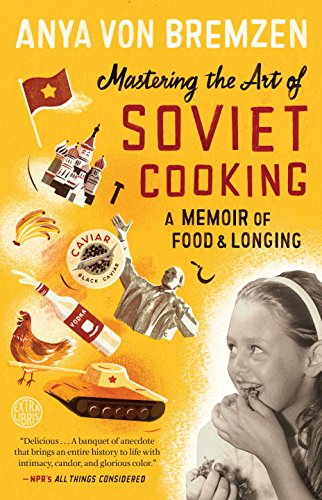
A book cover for Mastering the Art of Soviet Cooking: A Memoir of Food and Longing; Anya Von Bremzen; Cookbooks, Food & Wine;